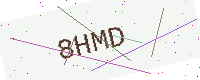
Text: 8HMD